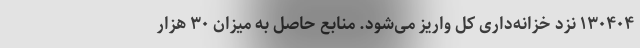
۱۳۰۴۰۴ نزد خزانه‌داری کل واریز می‌شود. منابع حاصل به میزان ۳۰ هزار